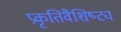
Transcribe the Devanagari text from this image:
प्रकृतिवैशिष्ट्य